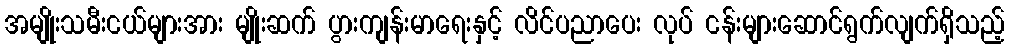
အမျိုးသမီးငယ်များအား မျိုးဆက် ပွားကျန်းမာရေးနှင့် လိင်ပညာပေး လုပ် ငန်းများဆောင်ရွက်လျက်ရှိသည့်